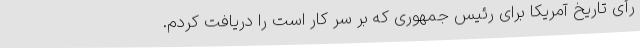
رأی تاریخ آمریکا برای رئیس جمهوری که بر سر کار است را دریافت کردم.